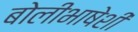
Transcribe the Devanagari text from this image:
बोलीभाषेशी